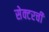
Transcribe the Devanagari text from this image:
सेक्टरची